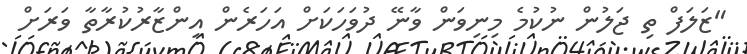
"ޒަލަފް ތި ޖަލުން ނުކުމެ މިނިވަން ވާނޭ ދުވަހަކަށް އަހަރެން އިންޒާރުކުރާތާ ވަރަށް